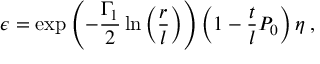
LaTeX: \epsilon = \exp \left( - \frac { \Gamma _ { 1 } } { 2 } \ln \left( \frac { r } { l } \right) \right) \left( 1 - \frac { t } { l } P _ { 0 } \right) \eta \; ,